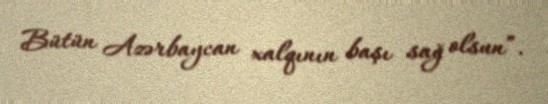
Bütün Azərbaycan xalqının başı sağ olsun”.